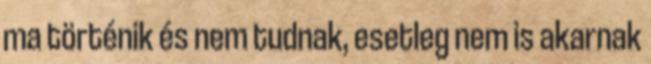
ma történik és nem tudnak, esetleg nem is akarnak